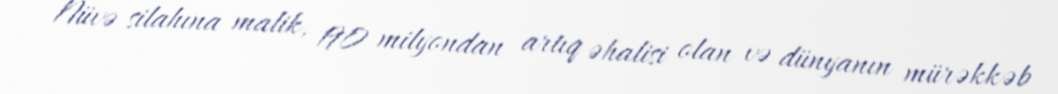
Nüvə silahına malik, 190 milyondan artıq əhalisi olan və dünyanın mürəkkəb